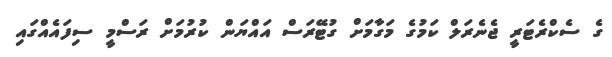
ގެ ސެކްރެޓަރީ ޖެނެރަލް ކަމުގެ މަގާމަށް ގުޓޭރަސް އައްޔަން ކުރުމަށް ރަސްމީ ސިފައެއްގައި